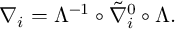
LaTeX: \nabla _ { i } = \Lambda ^ { - 1 } \circ \tilde { \nabla } _ { i } ^ { 0 } \circ \Lambda .